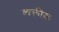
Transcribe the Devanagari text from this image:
व्यक्तीक